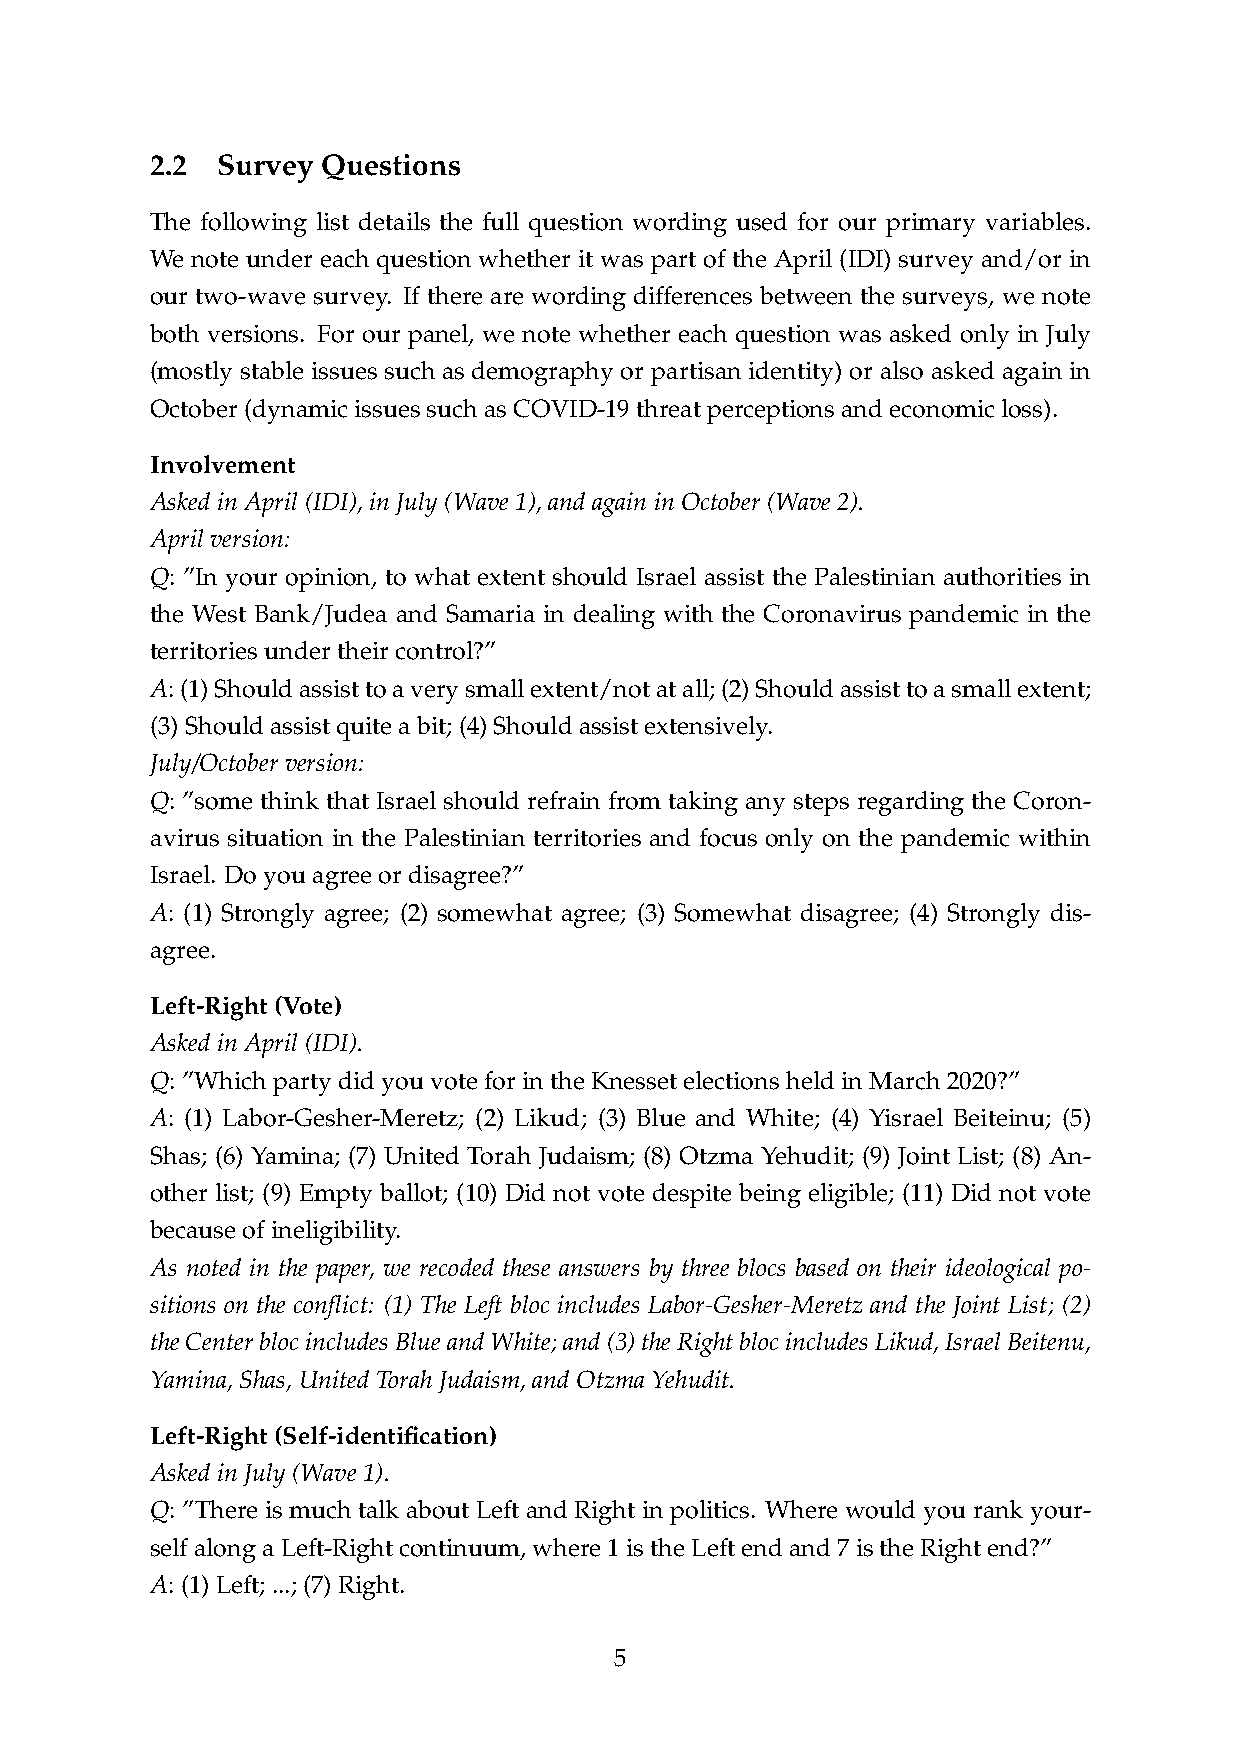
2.2 Survey Questions
 The following list details the full question wording used for our primary variables.
 We note under each question whether it was part of the April (IDI) survey and/or in
 our two-wave survey. If there are wording differences between the surveys, we note
 both versions. For our panel, we note whether each question was asked only in July
 (mostly stable issues such as demography or partisan identity) or also asked again in
 October(dynamicissuessuchasCOVID-19threatperceptionsandeconomicloss).
 Involvement
 AskedinApril(IDI),inJuly(Wave1),andagaininOctober(Wave2).
 Aprilversion:
 Q: ”In your opinion, to what extent should Israel assist the Palestinian authorities in
 the West Bank/Judea and Samaria in dealing with the Coronavirus pandemic in the
 territoriesundertheircontrol?”
 A:(1)Shouldassisttoaverysmallextent/notatall;(2)Shouldassisttoasmallextent;
 (3)Shouldassistquiteabit;(4)Shouldassistextensively.
 July/Octoberversion:
 Q: ”some think that Israel should refrain from taking any steps regarding the Coron-
 avirus situation in the Palestinian territories and focus only on the pandemic within
 Israel. Doyouagreeordisagree?”
 A: (1) Strongly agree; (2) somewhat agree; (3) Somewhat disagree; (4) Strongly dis-
 agree.
 Left-Right(Vote)
 AskedinApril(IDI).
 Q:”WhichpartydidyouvoteforintheKnessetelectionsheldinMarch2020?”
 A: (1) Labor-Gesher-Meretz; (2) Likud; (3) Blue and White; (4) Yisrael Beiteinu; (5)
 Shas; (6) Yamina; (7) United Torah Judaism; (8) Otzma Yehudit; (9) Joint List; (8) An-
 other list; (9) Empty ballot; (10) Did not vote despite being eligible; (11) Did not vote
 becauseofineligibility.
 As noted in the paper, we recoded these answers by three blocs based on their ideological po-
 sitions on the conflict: (1) The Left bloc includes Labor-Gesher-Meretz and the Joint List; (2)
 theCenterblocincludesBlueandWhite;and(3)theRightblocincludesLikud,IsraelBeitenu,
 Yamina,Shas,UnitedTorahJudaism,andOtzmaYehudit.
 Left-Right(Self-identification)
 AskedinJuly(Wave1).
 Q: ”There is much talk about Left and Right in politics. Where would you rank your-
 selfalongaLeft-Rightcontinuum,where1istheLeftendand7istheRightend?”
 A:(1)Left;...;(7)Right.
 5